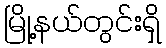
မြို့နယ်တွင်းရှိ